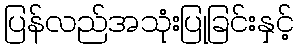
ပြန်လည်အသုံးပြုခြင်းနှင့်